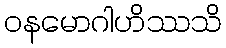
ဝနမောဂါဟိဿသိ